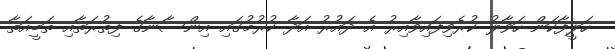
ހަލީފާކަން ހަވާލު ކުރެވިފައިވާއިރު އެ ދައުރު އަދާ ކުރުމުގައި އިންސާނާގެ ފިތުރަތާއި ތަބީއަތާ